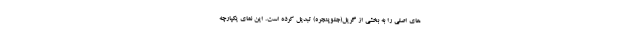
های اصلی را به بخشی از گریل(جلوپنجره) تبدیل کرده است. این نمای یکپارچه